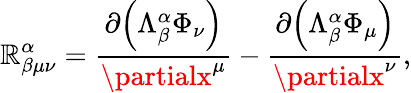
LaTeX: \mathbb{R}_{\beta\mu\nu}^{\alpha}=\frac{{\partial{\left(\Lambda_{\beta}^{\alpha}\Phi_{\nu}\right)}}}{{\partialx^{\mu}}}-\frac{{\partial{\left(\Lambda_{\beta}^{\alpha}\Phi_{\mu}\right)}}}{{\partialx^{\nu}}},